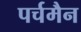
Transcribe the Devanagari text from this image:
पर्चमैन